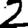
Digit: 2